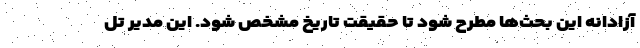
آزادانه این بحث‌ها مطرح‌ شود تا حقیقت تاریخ مشخص شود. این مدیر تل